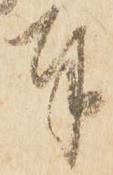
奉